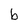
Character: b